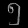
Digit: ၅